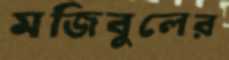
মজিবুলের